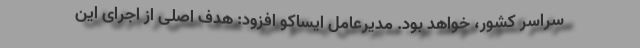
سراسر کشور، خواهد بود. مدیرعامل ایساکو افزود: هدف اصلی از اجرای این